Vaccine operations Central Provinces 1886-1899 - 1886-1899
Year: 1886
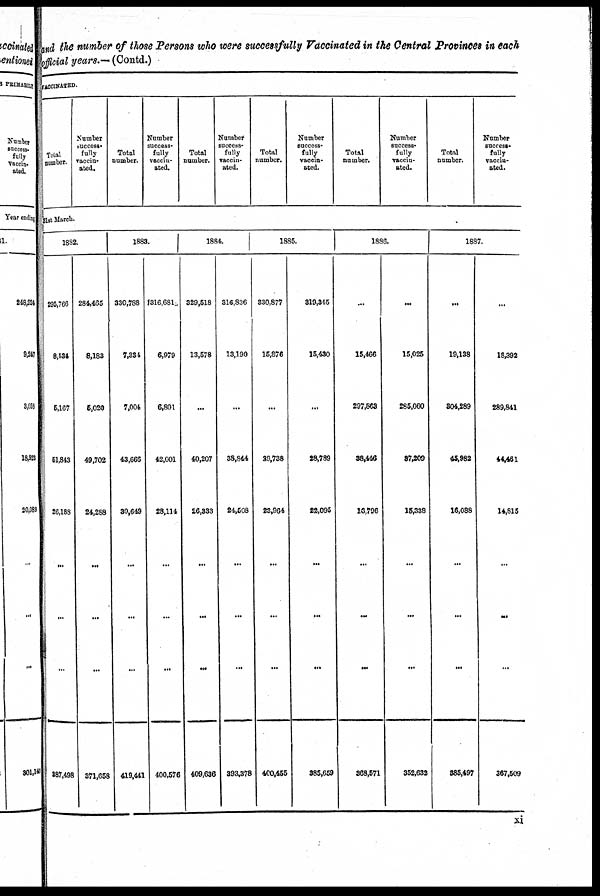
and the number of those Persons who were successfully Vaccinated in the Central Provinces in each
official years.— (Contd.)
VACCNATED.
Total
number.
Number
success¬
fully
vaccin-
ated.
Total
number.
Number
success¬
fully
vaccin-
ated.
Total
number.
Number
success-
fully
vaccin-
ated.
Total
number.
Number
success-
fully
vaccin-
ated.
Total
number.
Number
success-
fully
vaccin-
ated.
Total
number.
Number
success¬
fully
vaccin-
ated.
31st March.
1882.
295,766
8,534
6,167
51,843
26,188
...
...
...
887,498
284,465
8,183
6,020
49,702
24,288
...
...
...
371,658
1883.
330,788
7,334
7,004
43,666
30,649
...
...
...
419,441
316,681
6,979
6,801
42,001
28,114
...
...
...
400,576
1884.
329,518
13,578
...
40,207
26,333
...
...
...
409,636
316,836
13,190
...
38,844
24,508
...
...
...
393,378
1885.
330,877
15,876
...
29,738
23,964
...
...
...
400,455
319,345
15,430
...
28,789
22,095
...
...
...
385,659
1886.
...
15,466
297,863
38,446
16,796
...
...
...
368,571
...
15,025
285,060
37,209
15,338
...
...
...
352,632
1887.
...
19,138
304,289
45,982
16,088
...
...
...
385,497
...
18,392
289,841
44,461
14,815
...
...
...
367,509
xi